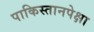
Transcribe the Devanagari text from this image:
पाकिस्तानपेक्षा